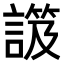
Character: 𧫑